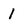
Character: 1